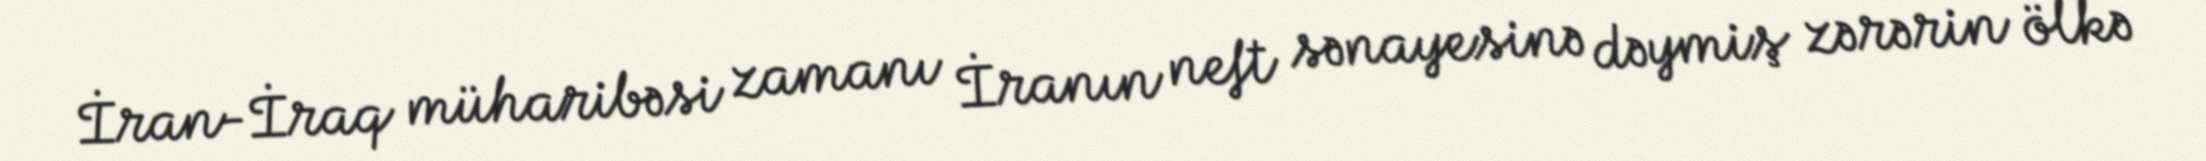
İran-İraq müharibəsi zamanı İranın neft sənayesinə dəymiş zərərin ölkə